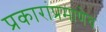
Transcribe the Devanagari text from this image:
प्रकारांप्रमाणेच